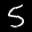
Label: 5